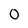
Character: 0